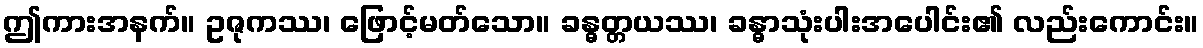
ဤကားအနက်။ ဥဇုကဿ၊ ဖြောင့်မတ်သော။ ခန္ဓတ္တယဿ၊ ခန္ဓာသုံးပါးအပေါင်း၏ လည်းကောင်း။